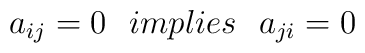
a_{ij} = 0 \:\:\: implies \:\:\: a_{ji} = 0